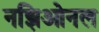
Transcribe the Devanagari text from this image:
नझिओनल